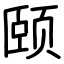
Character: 颐